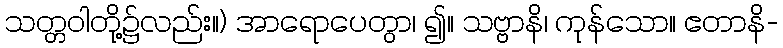
သတ္တဝါတို့၌လည်း။) အာရောပေတွာ၊ ၍။ သဗ္ဗာနိ၊ ကုန်သော။ ဧတာနိ-